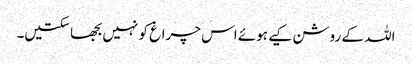
اللہ کے روشن کیے ہوئے اس چراغ کو نہیں بجھا سکتیں۔